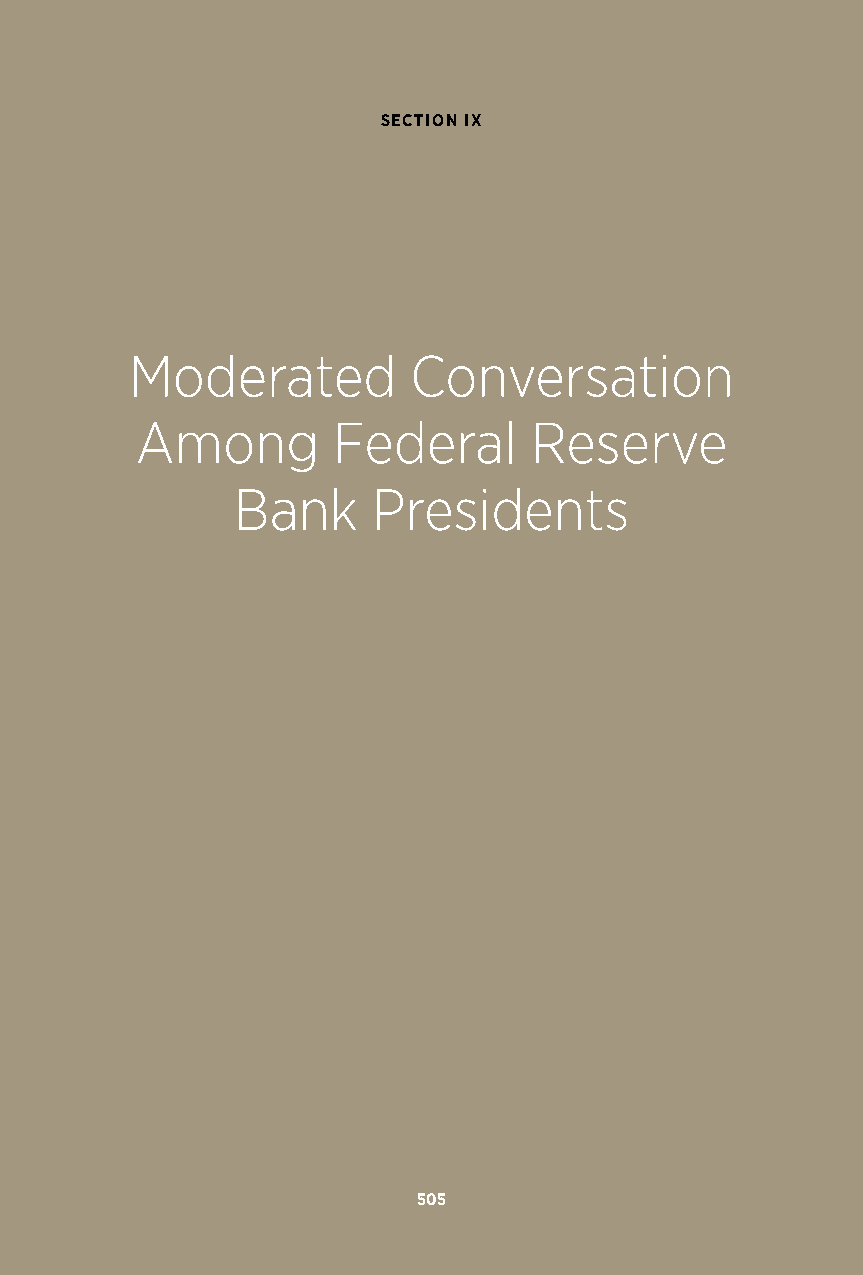
SECTION IX
 Moderated         Conversation
 Among        Federal      Reserve
 Bank      Presidents
 505